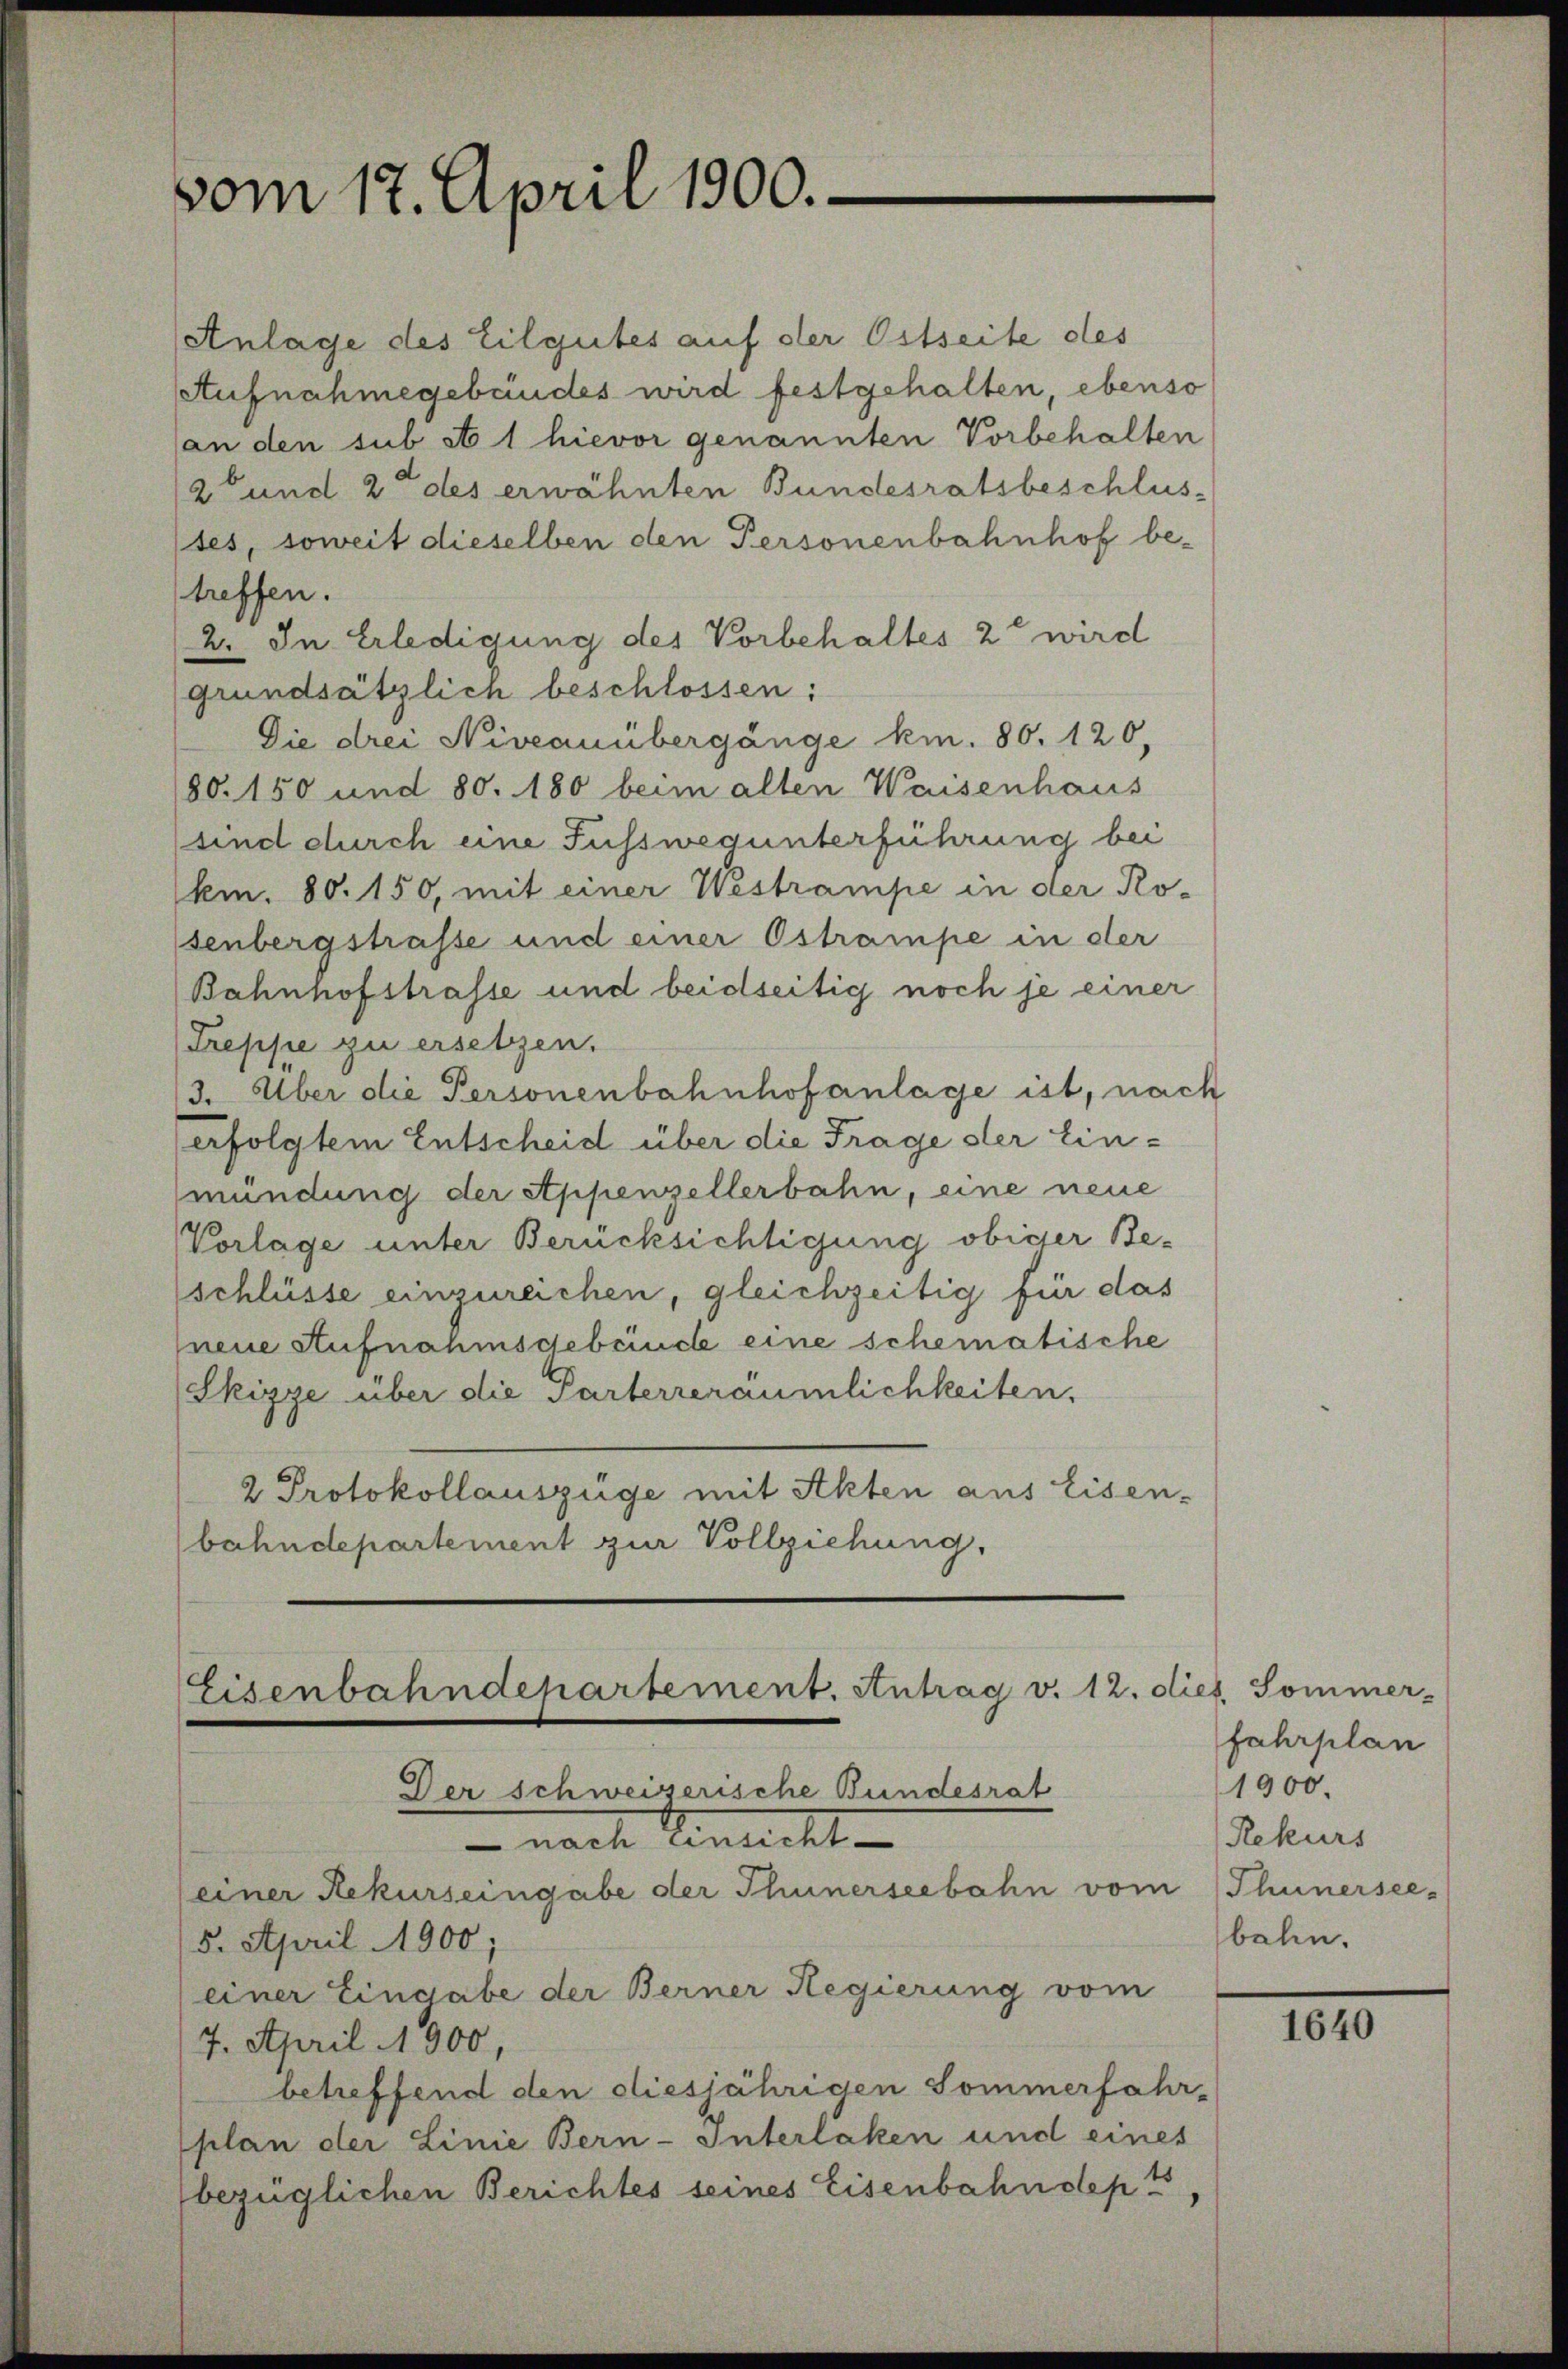
vom 12. April 1900.

(Anlage des Eilgutes auf der Ostseite des
Aufnahmegebäudes wird festgehalten, ebenso
(an den sub et 1 hievor genannten Vorbehalten
2 und 2 des erwähnten Bundesratsbeschlustes, soweit dieselben den Personenbahnhof betreffen.
2. In Erledigung des Vorbehaltes 2 wird
grundsätzlich beschlossen:
Die drei Niveauübergänge kn. 80. 120,
80. 150 und 80. 180 beim alten Waisenhaus
sind durch eine Fusswegunterführung bei
km. 80. 150, mit einer Westrampe in der Rosenbergstrasse und einer Ostrampe in der
Bahnhofstrasse und beidseitig noch je einer
Treppe zu ersetzen.
3. Über die Personenbahnhofanlage ist, nach
erfolgtem Entscheid über die Frage der Einmündung der Appenzellerbahn, eine neue
Vorlage unter Berücksichtigung obiger Beschlüsse einzureichen, gleichzeitig für das
neue Stufnahmsgebende eine schematische
Skizze über die Parterreraümlichkeiten,
2 Protokollauszüge mit Akten aus Eisen-
bahndepartement zur Vollziehung.

Eisenbahndepartement. Antrag v. 12. dies. Sommer-
Der schweizerische Bundesrat

nach Einricht
(einer Rekurseingabe der Thunerseebahn vom
5. April 1900;
(einer Eingabe der Berner Regierung vom
7. April 1900,
betreffend den diesjährigen Sommerfahr-
plan der Linie Bern-Interlaken und eines
bezüglichen Berichtes seines Eisenbahndept

fahrplan
1900.
Rekurs
Thunersee-
bahn.

1640